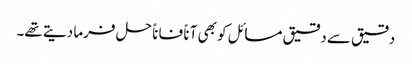
دقیق سے دقیق مسائل کو بھی آناً فاناً حل فرما دیتے تھے۔